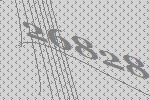
26828